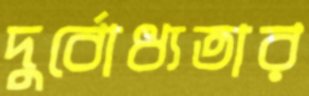
দুর্বোধ্যতার